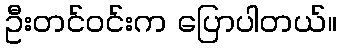
ဦးတင်ဝင်းက ပြောပါတယ်။